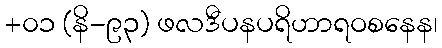
+၀၁ (နိ-၉၃) ဖလဒီပနပရိဟာရဝစနေန၊